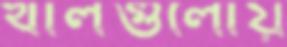
খালগুলোয়